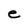
Character: e